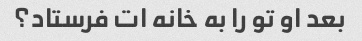
بعد او تو را به خانه ات فرستاد؟